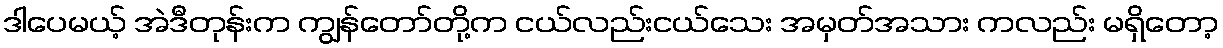
ဒါပေမယ့် အဲဒီတုန်းက ကျွန်တော်တို့က ငယ်လည်းငယ်သေး အမှတ်အသား ကလည်း မရှိတော့